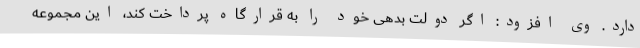
دارد. وی افزود: اگر دولت بدهی خود را به قرارگاه پرداخت کند، این مجموعه